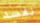
نفسد